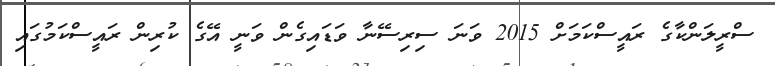
ސްރީލަންކާގެ ރައީސްކަމަށް 2015 ވަނަ ސިރިސޭނާ ވަޑައިގެން ވަނީ އޭގެ ކުރިން ރައީސްކަމުގައި